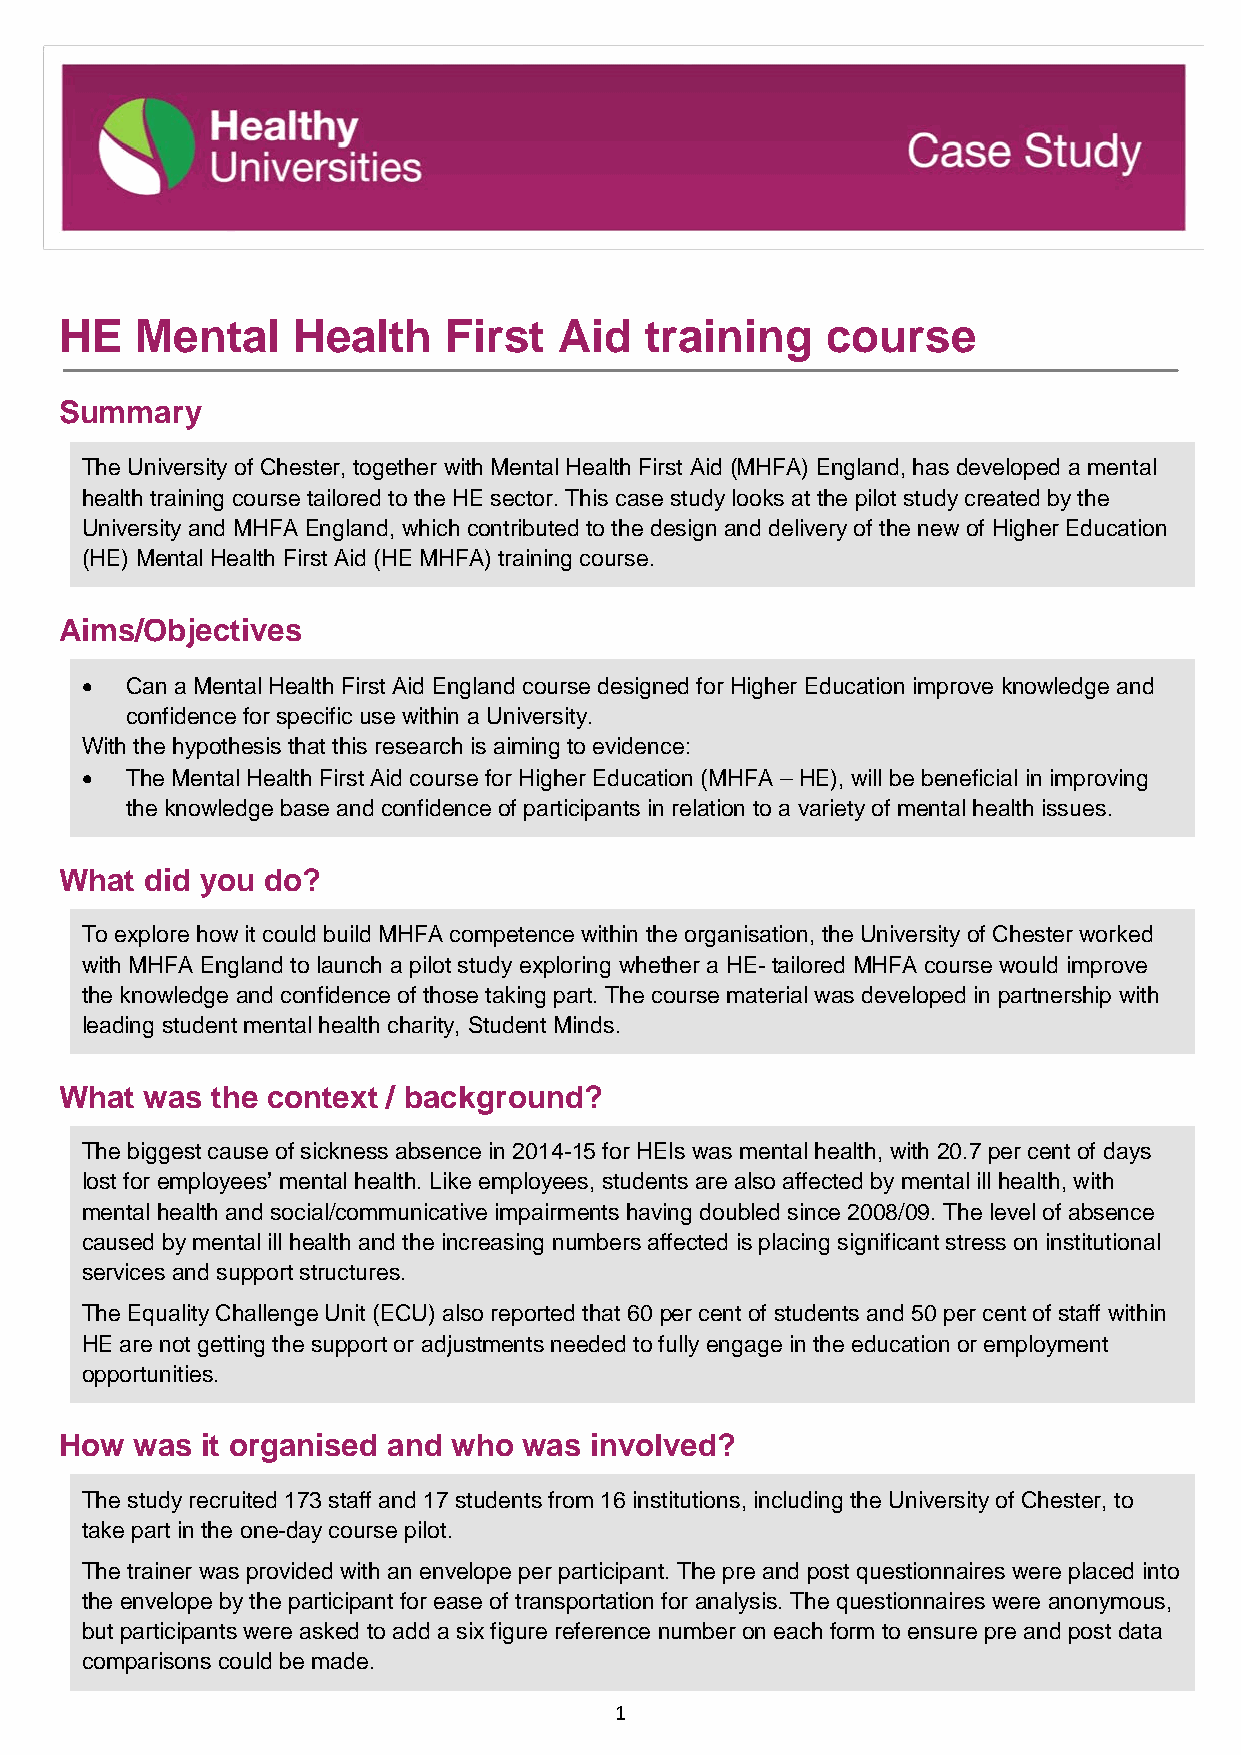
HE   Mental    Health     First  Aid   training    course
 Summary
 The University of Chester, together with Mental Health First Aid (MHFA) England, has developed a mental
 health training course tailored to the HE sector. This case study looks at the pilot study created by the
 University and MHFA England, which contributed to the design and delivery of the new of Higher Education
 (HE) Mental Health First Aid (HE MHFA) training course.
 Aims/Objectives
 •  Can a Mental Health First Aid England course designed for Higher Education improve knowledge and
 confidence for specific use within a University.
 With the hypothesis that this research is aiming to evidence:
 •  The Mental Health First Aid course for Higher Education (MHFA – HE), will be beneficial in improving
 the knowledge base and confidence of participants in relation to a variety of mental health issues.
 What  did you do?
 To explore how it could build MHFA competence within the organisation, the University of Chester worked
 with MHFA England to launch a pilot study exploring whether a HE- tailored MHFA course would improve
 the knowledge and confidence of those taking part. The course material was developed in partnership with
 leading student mental health charity, Student Minds.
 What  was the context / background?
 The biggest cause of sickness absence in 2014-15 for HEIs was mental health, with 20.7 per cent of days
 lost for employees’ mental health. Like employees, students are also affected by mental ill health, with
 mental health and social/communicative impairments having doubled since 2008/09. The level of absence
 caused by mental ill health and the increasing numbers affected is placing significant stress on institutional
 services and support structures.
 The Equality Challenge Unit (ECU) also reported that 60 per cent of students and 50 per cent of staff within
 HE are not getting the support or adjustments needed to fully engage in the education or employment
 opportunities.
 How  was it organised and who  was involved?
 The study recruited 173 staff and 17 students from 16 institutions, including the University of Chester, to
 take part in the one-day course pilot.
 The trainer was provided with an envelope per participant. The pre and post questionnaires were placed into
 the envelope by the participant for ease of transportation for analysis. The questionnaires were anonymous,
 but participants were asked to add a six figure reference number on each form to ensure pre and post data
 comparisons could be made.
 1